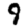
Digit: 9